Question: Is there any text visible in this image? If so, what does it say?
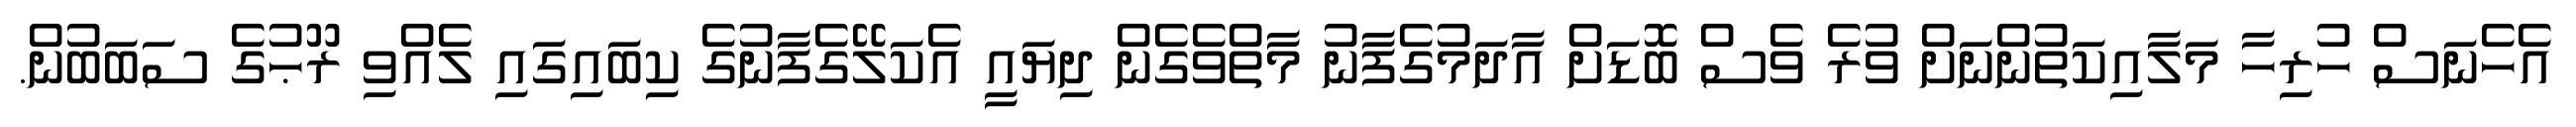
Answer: އެހެނަސް ހުރިހާ މަލާއިކަތުންނަށް ވުރެ ވެސް ބޮޑަށް އާދަމުގެފާނު މާތްވެގެން ދިޔައީ އެކަލޭގެފާނުގެ ކިބައިގައި ލެއްވި ރޫޙުގެ ސަބަބުން.